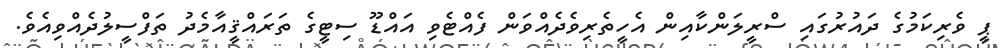
ޕީ ވެރިކަމުގެ ދައުރުގައި ސްރީލަންކާއިން އެހީތެރިވެދެއްވަން ފެއްޓެވި އައްޑޫ ސިޓީގެ ތަރައްޤީއާމެދު ތަފްސީލުދެއްވިއެވެ.